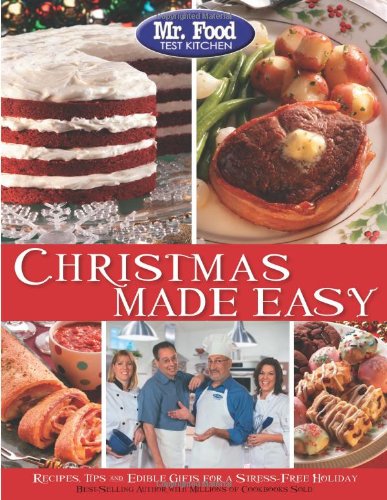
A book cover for Mr. Food Test Kitchen Christmas Made Easy: Recipes, Tips and Edible Gifts for a Stress-Free Holiday; Mr. Food Test Kitchen; Cookbooks, Food & Wine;